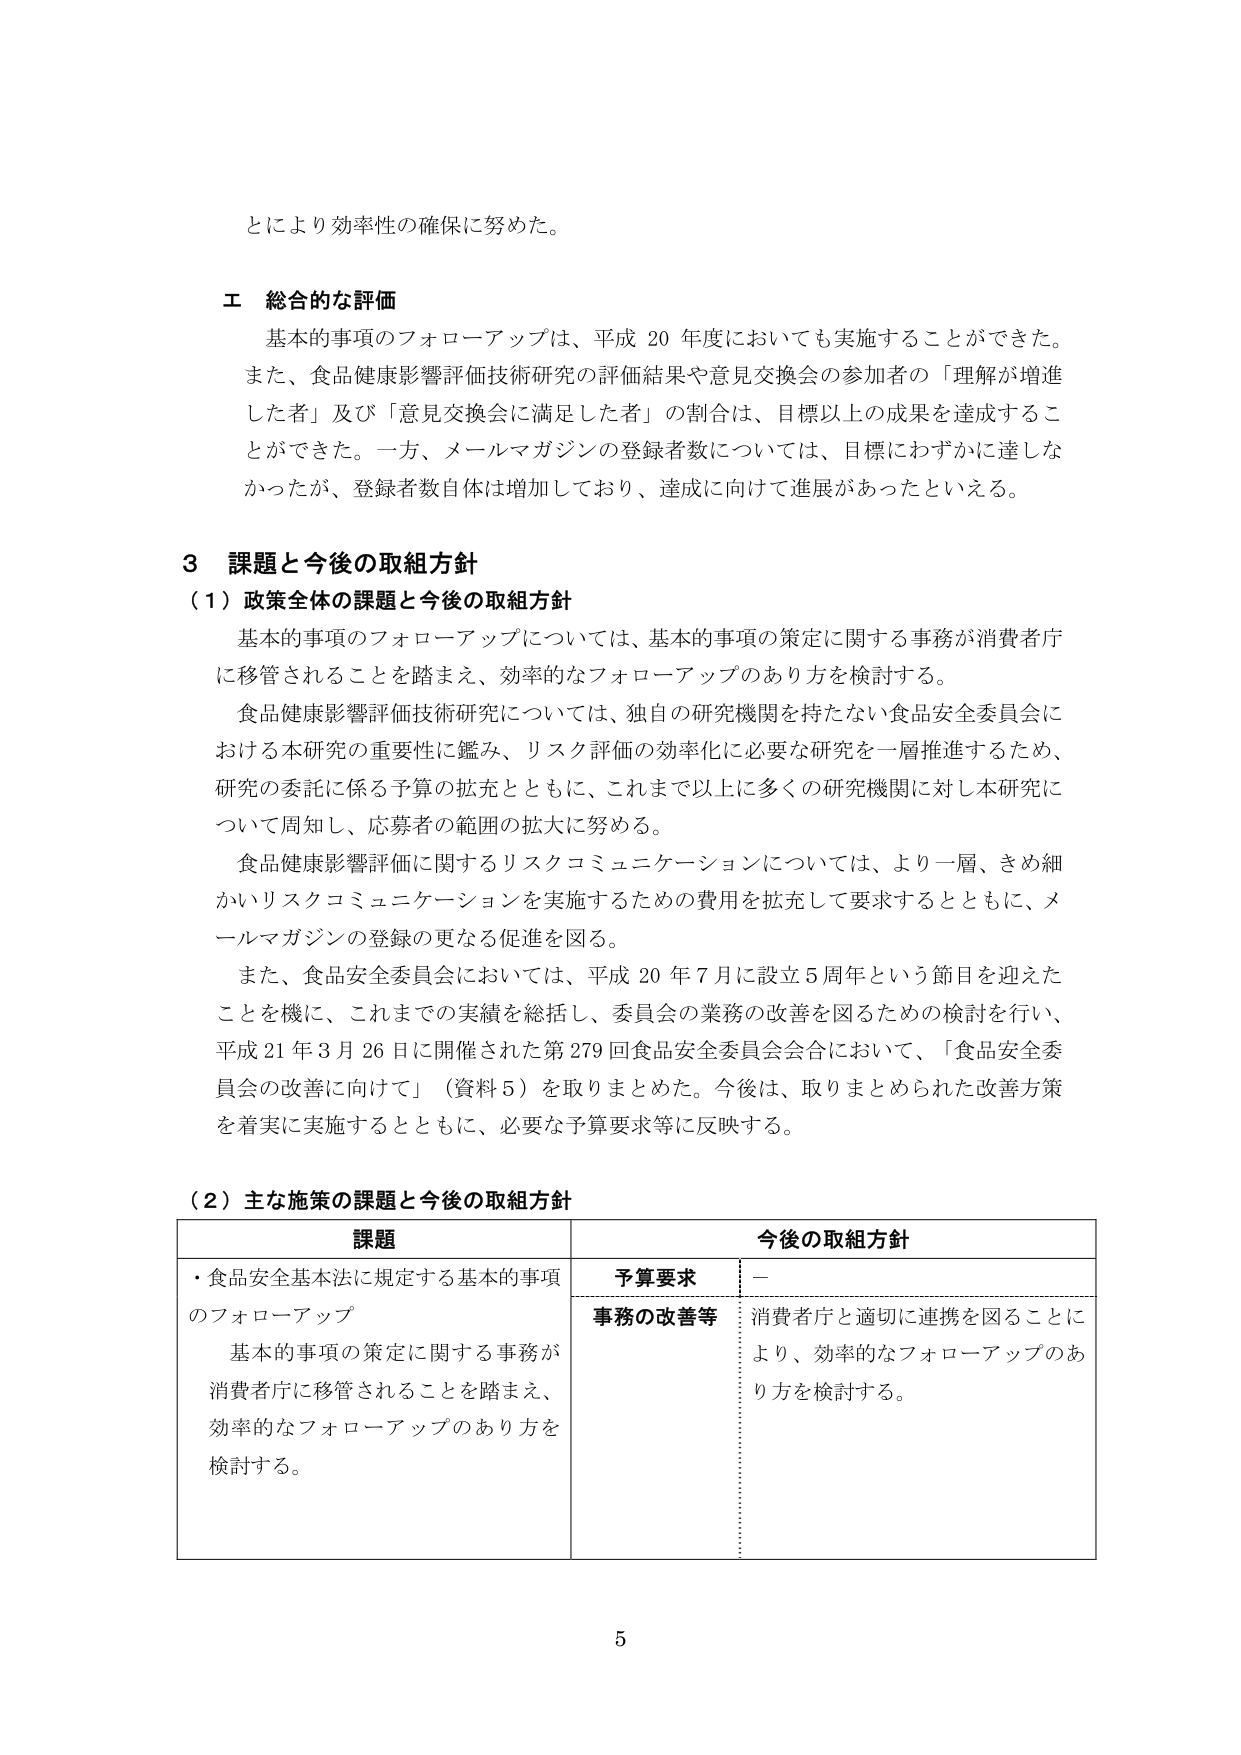
とにより効率性の確保に努めた。

エ 総合的な評価
基本的事項のフォローアップは、平成20年度においても実施することができた。また、食品健康影響評価技術研究の評価結果や意見交換会の参加者の「理解が増進した者」及び「意見交換会に満足した者」の割合は、目標以上の成果を達成することができた。一方、メールマガジンの登録者数については、目標にわずかに達しなかったが、登録者数自体は増加しており、達成に向けて進展があったといえる。

3 課題と今後の取組方針
（1）政策全体の課題と今後の取組方針
基本的事項のフォローアップについては、基本的事項の策定に関する事務が消費者庁に移管されることを踏まえ、効率的なフォローアップのあり方を検討する。
食品健康影響評価技術研究については、独自の研究機関を持たない食品安全委員会における本研究の重要性に鑑み、リスク評価の効率化に必要な研究を一層推進するため、研究の委託に係る予算の拡充とともに、これまで以上に多くの研究機関に対し本研究について周知し、応募者の範囲の拡大に努める。
食品健康影響評価に関するリスクコミュニケーションについては、より一層、きめ細かいリスクコミュニケーションを実施するための費用を拡充して要求するとともに、メールマガジンの登録の更なる促進を図る。
また、食品安全委員会においては、平成20年7月に設立5周年という節目を迎えたことを機に、これまでの実績を総括し、委員会の業務の改善を図るための検討を行い、平成21年3月26日に開催された第279回食品安全委員会会合において、「食品安全委員会の改善に向けて」（資料5）を取りまとめた。今後は、取りまとめられた改善方策を着実に実施するとともに、必要な予算要求等に反映する。

（2）主な施策の課題と今後の取組方針
課題 今後の取組方針
・食品安全基本法に規定する基本的事項のフォローアップ
基本的事項の策定に関する事務が消費者庁に移管されることを踏まえ、効率的なフォローアップのあり方を検討する。
予算要求 －
事務の改善等 消費者庁と適切に連携を図ることにより、効率的なフォローアップのあり方を検討する。

5